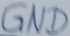
Text: GND